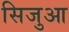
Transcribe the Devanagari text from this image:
सिजुआ